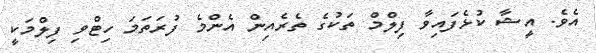
އެވެ. އީޝާ ކުޅެފައިވާ ފިލްމް ތަކުގެ ތެރެއިން އެންމެ ފުރަތަމަ ހިޓްވި ފިލްމަކީ